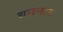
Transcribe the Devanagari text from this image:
बछनाग